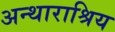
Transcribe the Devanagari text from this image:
अन्थाराश्रिय